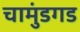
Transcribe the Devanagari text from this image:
चामुंडगड